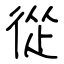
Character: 從